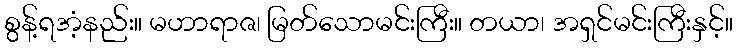
စွန့်ရအံ့နည်း။ မဟာရာဇ၊ မြတ်သောမင်းကြီး။ တယာ၊ အရှင်မင်းကြီးနှင့်။